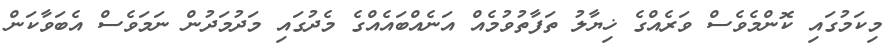
މިކަމުގައި ކޮންމެވެސް ވަރެއްގެ ޚިޔާލު ތަފާތުވުމެއް އަނެއްބައެއްގެ މެދުގައި މަދުމަދުން ނަމަވެސް އެބަވާކަން